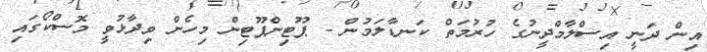
އިން ދަނީ އިސްލާމްދީނުގެ ހުރުމަތް ކަނޑާލަމުން - ޕޫޓިންޕޫޓިން މިހެން ވިދާޅުވީ މޮސްކޯގައި